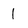
Character: 1